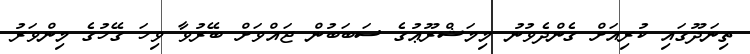
ތިނަދޫގައި ކުރިއަށް ގެންދެވުނު މިމަޝްރޫޢުގެ ސަބަބުން ޖައްވަށް ބޭރުވާ ވިހަ ގޭހުގެ މިންވަރު